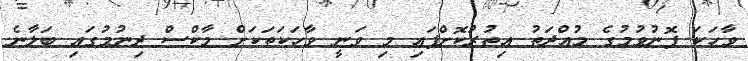
ވާހަކަ ފޮނުވުމުގެ މުއްދަތު އިތުރުކޮށްފައި މި ވަނީ ވާހަކަތަކަށް މާކްސް ދިނުމުގައި ބަލާނެ